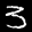
Label: 3